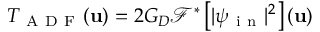
T _ { \mathrm { ~ A ~ D ~ F ~ } } ( \mathbf { u } ) = 2 G _ { D } \mathcal { F } ^ { * } \left[ | \psi _ { \mathrm { ~ i ~ n ~ } } | ^ { 2 } \right] ( \mathbf { u } )